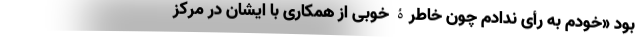
بود «خودم به رأی ندادم چون خاطرۀ خوبی از همکاری با ایشان در مرکز